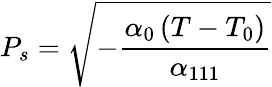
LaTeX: P_{s}={\sqrt{-{\frac{\alpha_{0}\left(T-T_{0}\right)}{\alpha_{111}}}}}